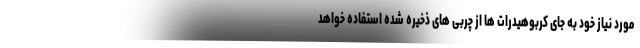
مورد نیاز خود به جای کربوهیدرات ها از چربی های ذخیره شده استفاده خواهد